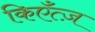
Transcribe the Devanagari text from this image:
किएँत्ज़